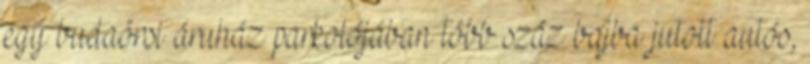
egy budaörsi áruház parkolójában több száz bajba jutott autós,